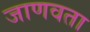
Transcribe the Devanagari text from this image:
जाणवता